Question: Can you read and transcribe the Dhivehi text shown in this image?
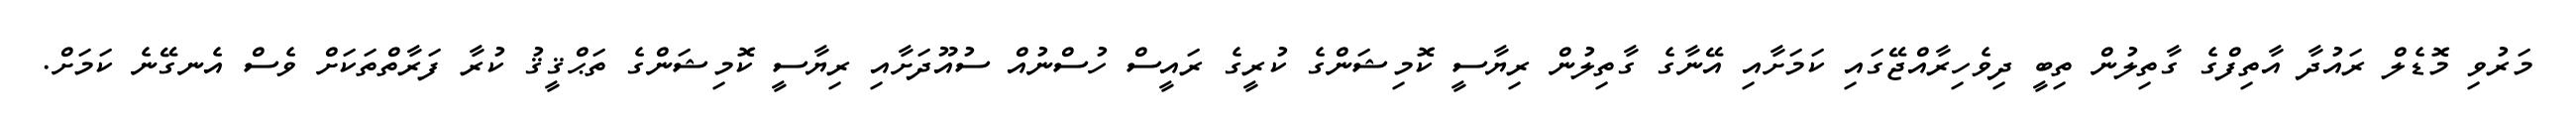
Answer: މަރުވި މޮޑެލް ރައުދާ އާތިފްގެ ގާތިލުން ތިބީ ދިވެހިރާއްޖޭގައި ކަމަށާއި އޭނާގެ ގާތިލުން ރިޔާސީ ކޮމިޝަންގެ ކުރީގެ ރައީސް ހުސްނުއް ސުއޫދަށާއި ރިޔާސީ ކޮމިޝަންގެ ތަޙްޤީޤު ކުރާ ފަރާތްތަކަށް ވެސް އެނގޭނެ ކަމަށް.